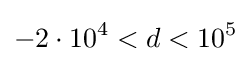
-2\cdot 10^{4}<d<10^{5}